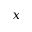
x